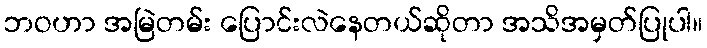
ဘဝဟာ အမြဲတမ်း ပြောင်းလဲနေတယ်ဆိုတာ အသိအမှတ်ပြုပါ။